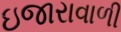
ઇજારાવાળી